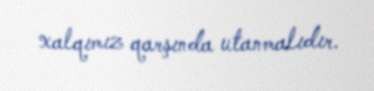
xalqımız qarşında utanmalıdır.